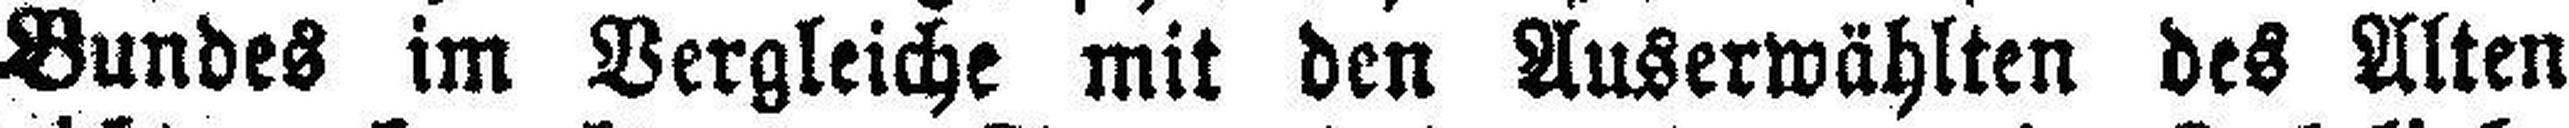
Bundes im Vergleiche mit den Auserwählten des Alten